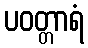
ပဝတ္တာရံ